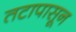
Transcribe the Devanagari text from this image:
तटापासून